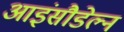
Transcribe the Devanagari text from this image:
आइंसौडेल्न